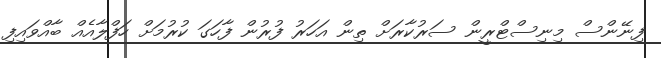
ފިނޭންސް މިނިސްޓްރީން ސަރުކާރަށް ތިން އަހަރު ފުރުން ފާހަގަ ކުރުމަށް ހަފްލާއެއް ބާއްވައިފި